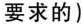
要求的)